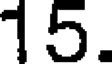
15.